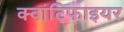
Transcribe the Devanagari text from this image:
क्वांटिफाइयर